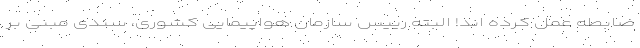
ضابطه عمل کرده اند! البته رییس سازمان هواپیمایی کشوری، سندی مبنی بر